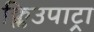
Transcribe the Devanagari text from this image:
क्लिउपाट्रा